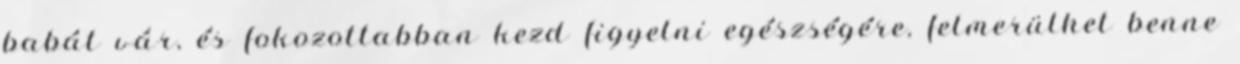
babát vár, és fokozottabban kezd figyelni egészségére, felmerülhet benne